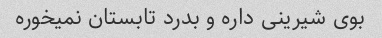
بوی شیرینی داره و بدرد تابستان نمیخوره